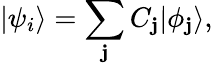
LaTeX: |\psi_{i}\rangle=\sum_{\mathbf{j}}{C_{\mathbf{j}}}|\phi_{\mathbf{j}}\rangle,